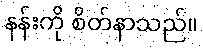
နန်းကို စိတ်နာသည်။